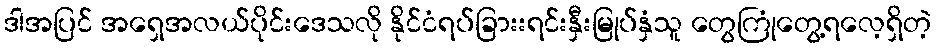
ဒါအပြင် အရှေအလယ်ပိုင်းဒေသလို နိုင်ငံရပ်ခြားးရင်းနှီးမြုပ်နှံသူ တွေကြုံတွေ့ရလေ့ရှိတဲ့